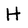
Character: H